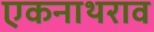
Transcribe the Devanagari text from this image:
एकनाथराव